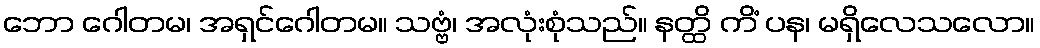
ဘော ဂေါတမ၊ အရှင်ဂေါတမ။ သဗ္ဗံ၊ အလုံးစုံသည်။ နတ္ထိ ကိံ ပန၊ မရှိလေသလော။